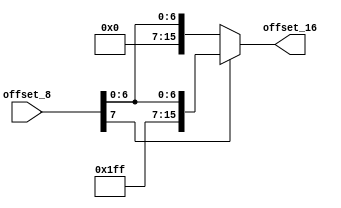

module t2(
   input [7:0]       offset_8,
   output reg [15:0] offset_16
);
   
   
   always @(offset_8)
      if (offset_8[7] == 1'b1)
         offset_16 <= {8'b11111111, offset_8};
      else
         offset_16 <= {8'b00000000, offset_8};
   
endmodule